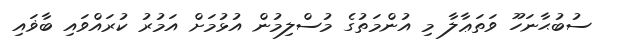
ސުބުޙާނަހޫ ވަތަޢާލާ މި އުންމަތުގެ މުސްލިމުން އުޅުމަށް އަމުރު ކުރައްވައި ބާޥައި